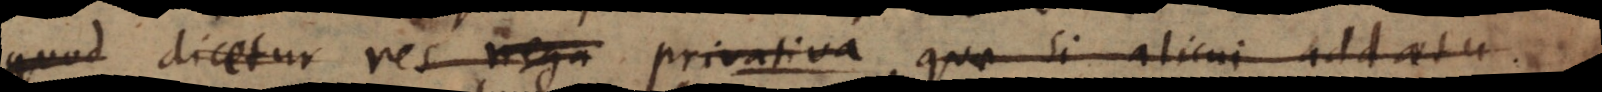
quod dicetur res nega privativa, quae si alicui addatu